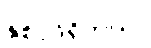
နှစ်ပုဒ်ရှိတယ်။